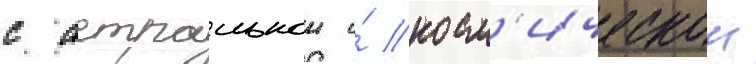
с астральнои и́ косм'ическои